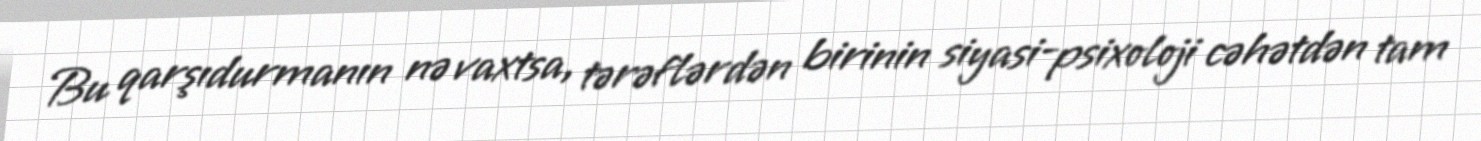
Bu qarşıdurmanın nə vaxtsa, tərəflərdən birinin siyasi-psixoloji cəhətdən tam